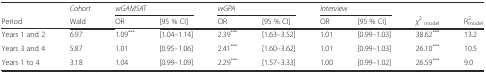
<table><thead><tr><td></td><td><b><i>Cohort</i></b></td><td colspan="2"><b><i>wGAMSAT</i></b></td><td colspan="2"><b><i>wGPA</i></b></td><td colspan="2"><b><i>Interview</i></b></td><td></td><td></td></tr><tr><td><b>Period</b></td><td><b>Wald</b></td><td><b>OR</b></td><td><b>[95 % CI]</b></td><td><b>OR</b></td><td><b>[95 % CI]</b></td><td><b>OR</b></td><td><b>[95 % CI]</b></td><td><b><i>χ</i><sup>2</sup><sub>model</sub></b></td><td><b>R<sup>2</sup><sub>model</sub></b></td></tr></thead><tbody><tr><td>Years 1 and 2</td><td>6.97</td><td>1.09<sup>***</sup></td><td>[1.04–1.14]</td><td>2.39<sup>***</sup></td><td>[1.63–3.52]</td><td>1.01</td><td>[0.99–1.03]</td><td>38.62<sup>***</sup></td><td>13.2</td></tr><tr><td>Years 3 and 4</td><td>5.87</td><td>1.01</td><td>[0.95–1.06]</td><td>2.41<sup>***</sup></td><td>[1.60–3.62]</td><td>1.01</td><td>[0.99–1.03]</td><td>26.10<sup>***</sup></td><td>10.5</td></tr><tr><td>Years 1 to 4</td><td>3.18</td><td>1.04</td><td>[0.99–1.09]</td><td>2.29<sup>***</sup></td><td>[1.57–3.33]</td><td>1.00</td><td>[0.99–1.02]</td><td>26.59<sup>***</sup></td><td>9.0</td></tr></tbody></table>